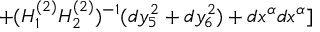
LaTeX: + ( H _ { 1 } ^ { ( 2 ) } H _ { 2 } ^ { ( 2 ) } ) ^ { - 1 } ( d y _ { 5 } ^ { 2 } + d y _ { 6 } ^ { 2 } ) + d x ^ { \alpha } d x ^ { \alpha } ]